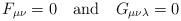
LaTeX: \begin{align*}F_{\mu \nu}=0 \quad \mbox{and} \quad G_{\mu \nu \lambda}=0 \end{align*}